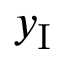
y _ { \mathrm { I } }